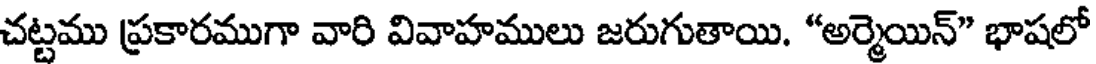
చట్టము ప్రకారముగా వారి వివాహములు జరుగుతాయి. "అర్మెయిన్" భాషలో